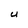
Character: U